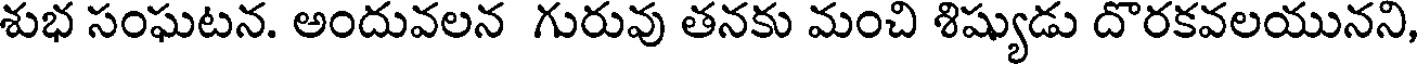
శుభ సంఘటన. అందువలన గురువు తనకు మంచి శిష్యుడు దొరకవలయునని,